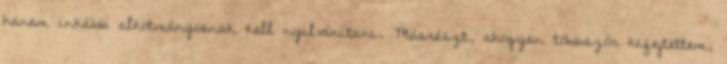
hanem inkább alkotmányosnak kell nyilvánítani. Másrészt, ahogyan többször kifejtettem,